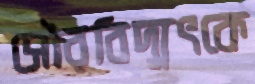
সৌরবিদ্যুৎকে